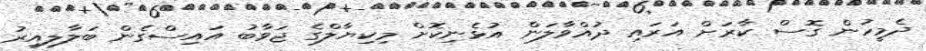
ދެމީހުން ގޮސް ކާރަށް އަރައި ދުއްވާލަން އުޅެނިކޮށް މިކިޔާލްގެ ޖަވާބު އައިސްގެން ބަލާލިއިރު